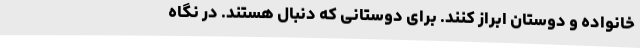
خانواده و دوستان ابراز کنند. برای دوستانی که دنبال هستند. در نگاه